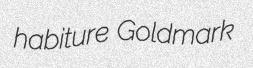
habiture Goldmark